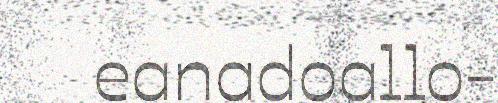
eanadoallo-